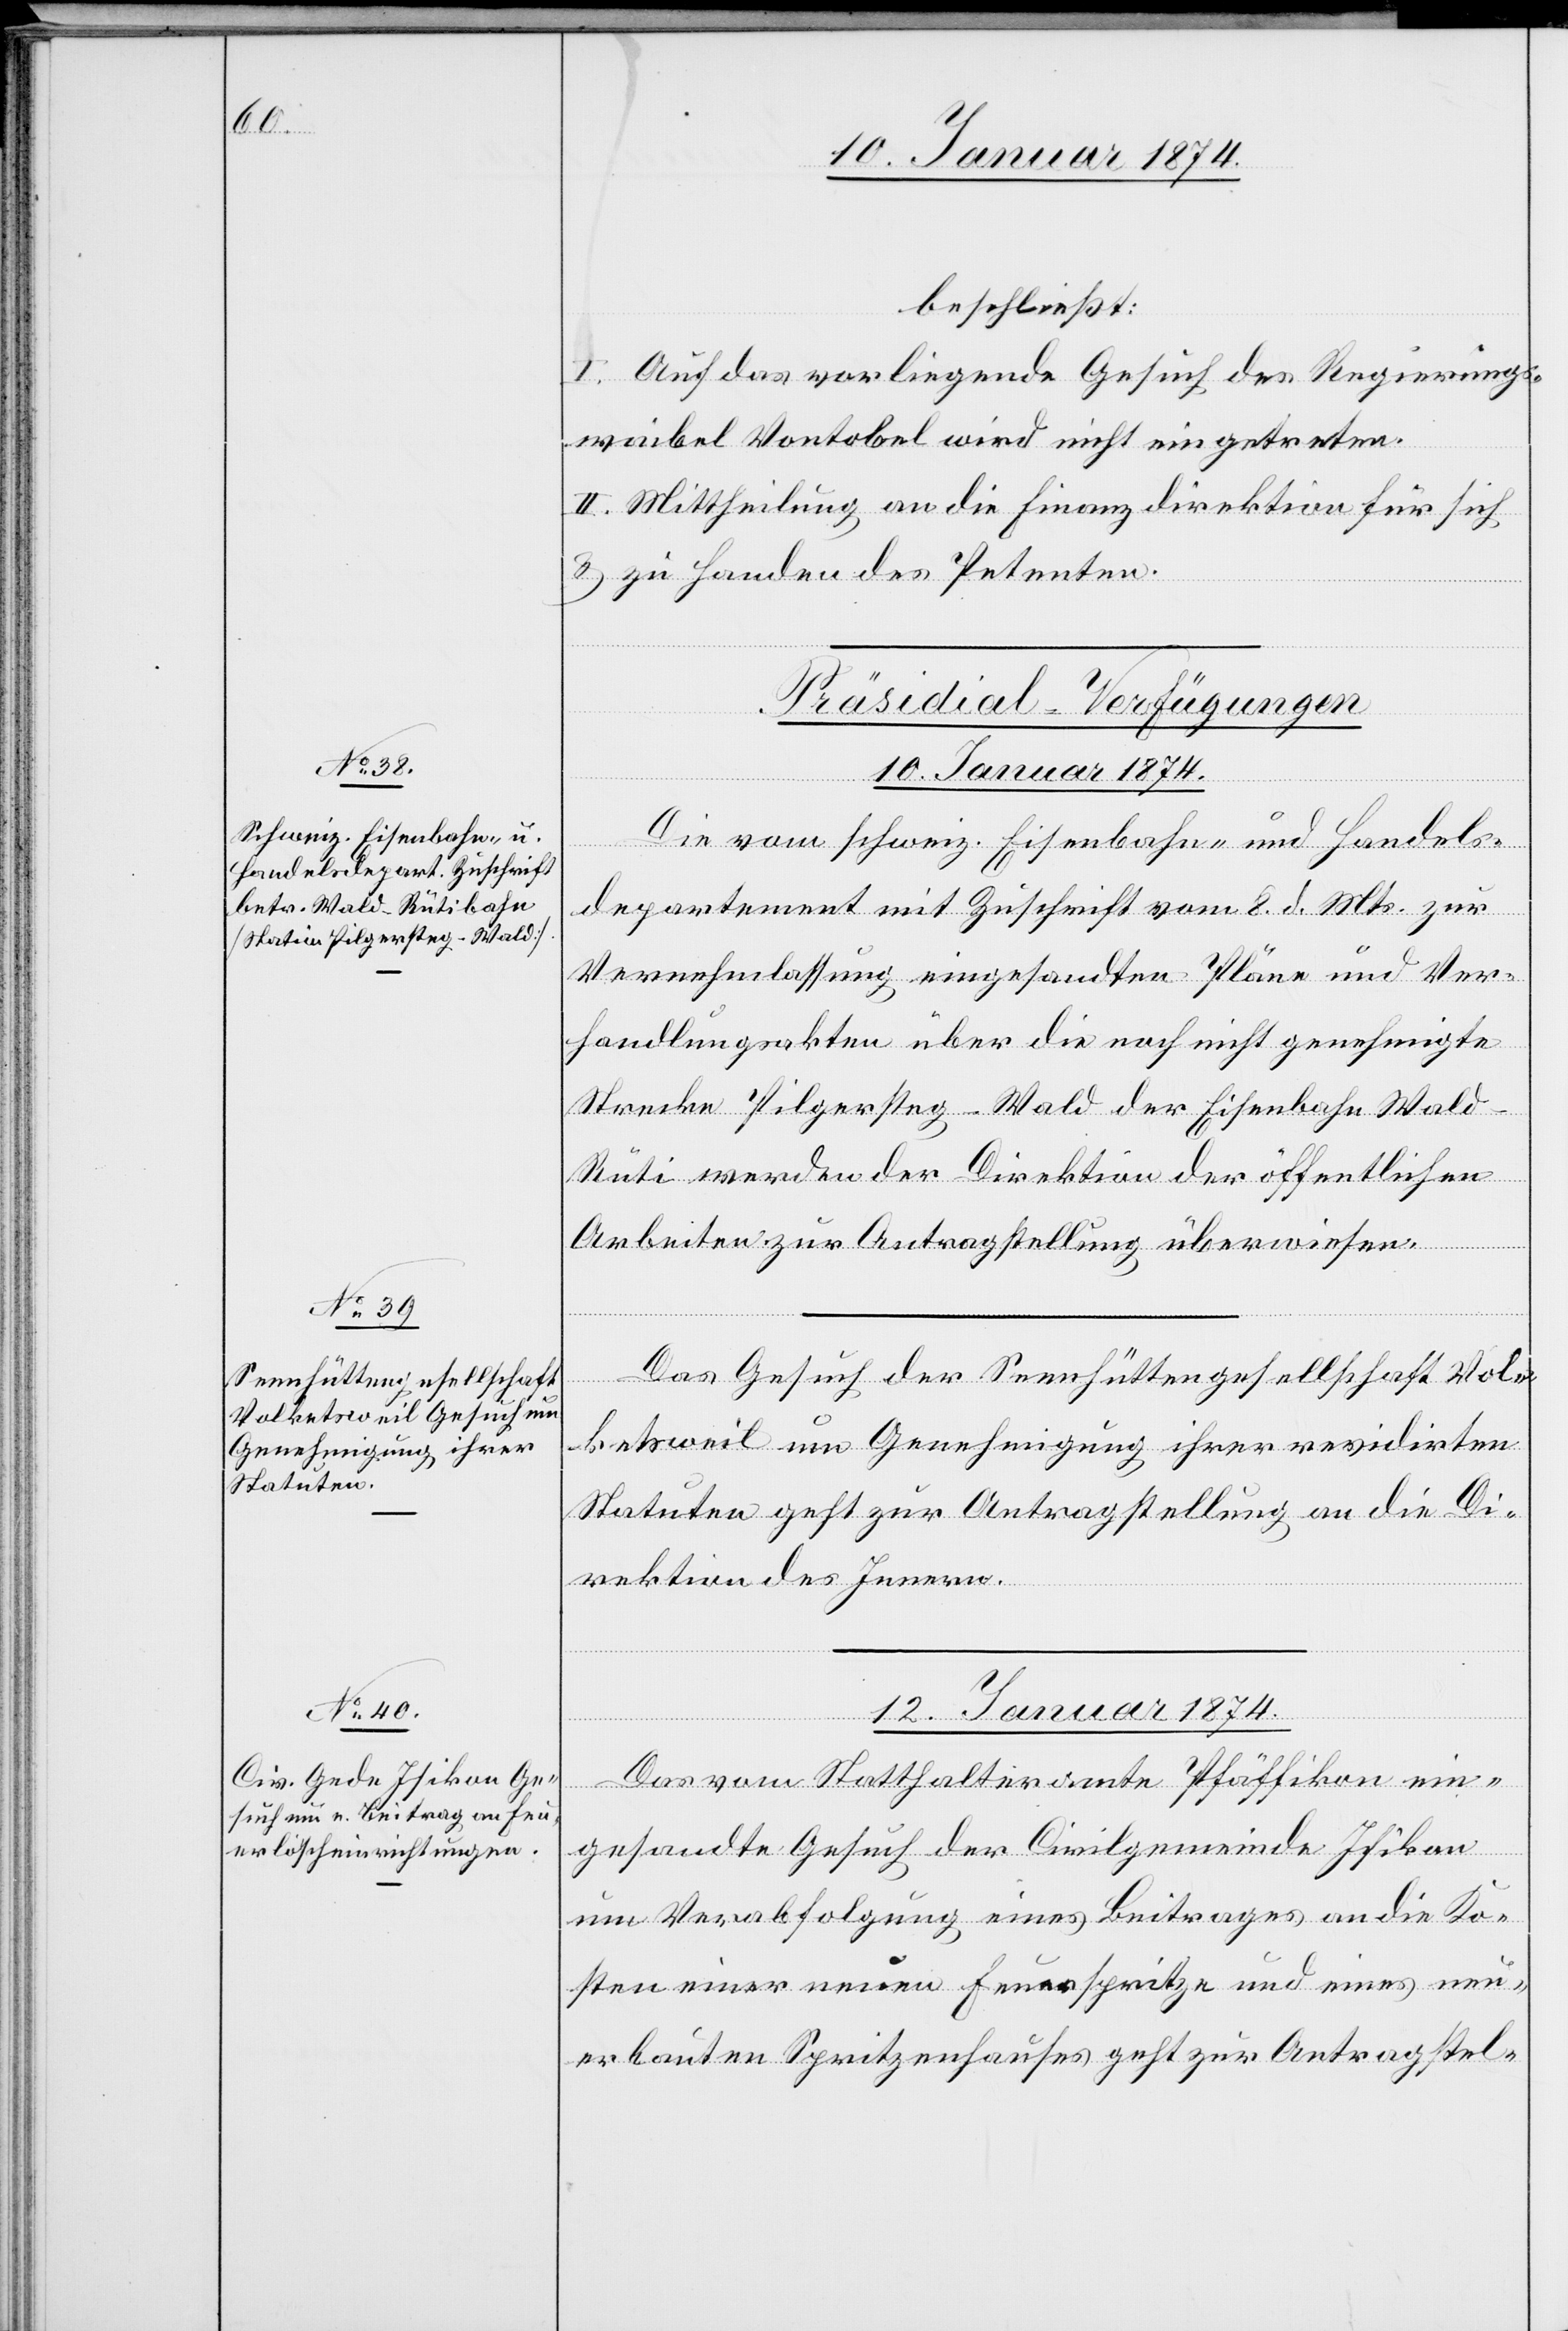
beschließt:
I. Auf das vorliegende Gesuch des Regierungs¬
waibel Vontobel wird nicht eingetreten.
II: Mittheilung an die Finanzdirektion für sich
& zu Handen des Petenten.
[Präsidial-Verfügungen]
10. Januar 1874.]
Das Gesuch der Sennhüttengesellschaft Vol¬
ketsweil um Genehmigung ihrer revidirten
Statuten geht zur Antragstellung an die Di¬
rektion des Innern.
12. Januar 1874.
Das vom Statthalteramte Pfäffikon ein¬
gesandte Gesuch der Civilgemeinde Isikon
um Verabfolgung eines Beitrages an die Ko¬
sten einer neuen Feuerspritze und eines neu¬
erbauten Spritzenhauses geht zur Antragstel-